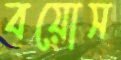
বয়োস